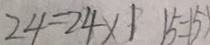
2 4 = 2 4 \times 1 1 5 = 1 5